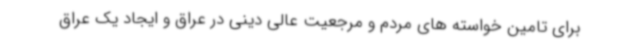
برای تامین خواسته های مردم و مرجعیت عالی دینی در عراق و ایجاد یک عراق